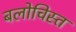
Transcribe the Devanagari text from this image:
बलोचिस्त